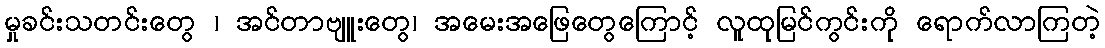
မှုခင်းသတင်းတွေ ၊ အင်တာဗျူးတွေ၊ အမေးအဖြေတွေကြောင့် လူထုမြင်ကွင်းကို ရောက်လာကြတဲ့